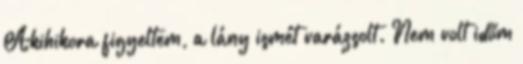
Akihikora figyeltem, a lány ismét varázsolt. Nem volt időm